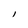
Character: I